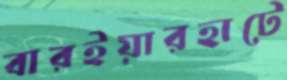
বারইয়ারহাটে